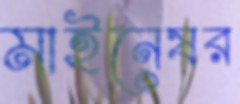
মাইনেষর